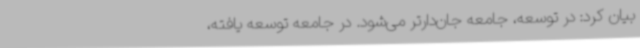
بیان کرد: در توسعه، جامعه جان‌دارتر می‌شود. در جامعه توسعه یافته،